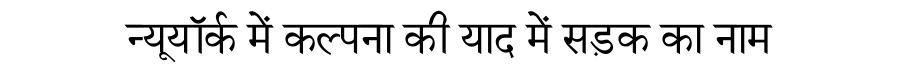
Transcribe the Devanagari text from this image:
न्यूयॉर्क में कल्पना की याद में सड़क का नाम